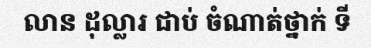
លាន ដុល្លារ ជាប់ ចំណាត់ថ្នាក់ ទី